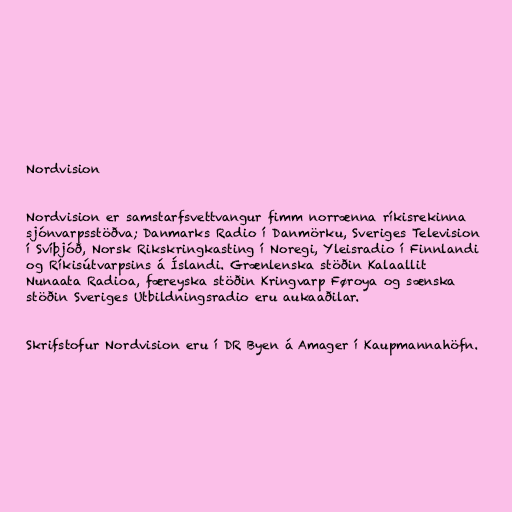
Nordvision

Nordvision er samstarfsvettvangur fimm norrænna ríkisrekinna
sjónvarpsstöðva; Danmarks Radio í Danmörku, Sveriges Television
í Svíþjóð, Norsk Rikskringkasting í Noregi, Yleisradio í Finnlandi
og Ríkisútvarpsins á Íslandi. Grænlenska stöðin Kalaallit
Nunaata Radioa, færeyska stöðin Kringvarp Føroya og sænska
stöðin Sveriges Utbildningsradio eru aukaaðilar.

Skrifstofur Nordvision eru í DR Byen á Amager í Kaupmannahöfn.